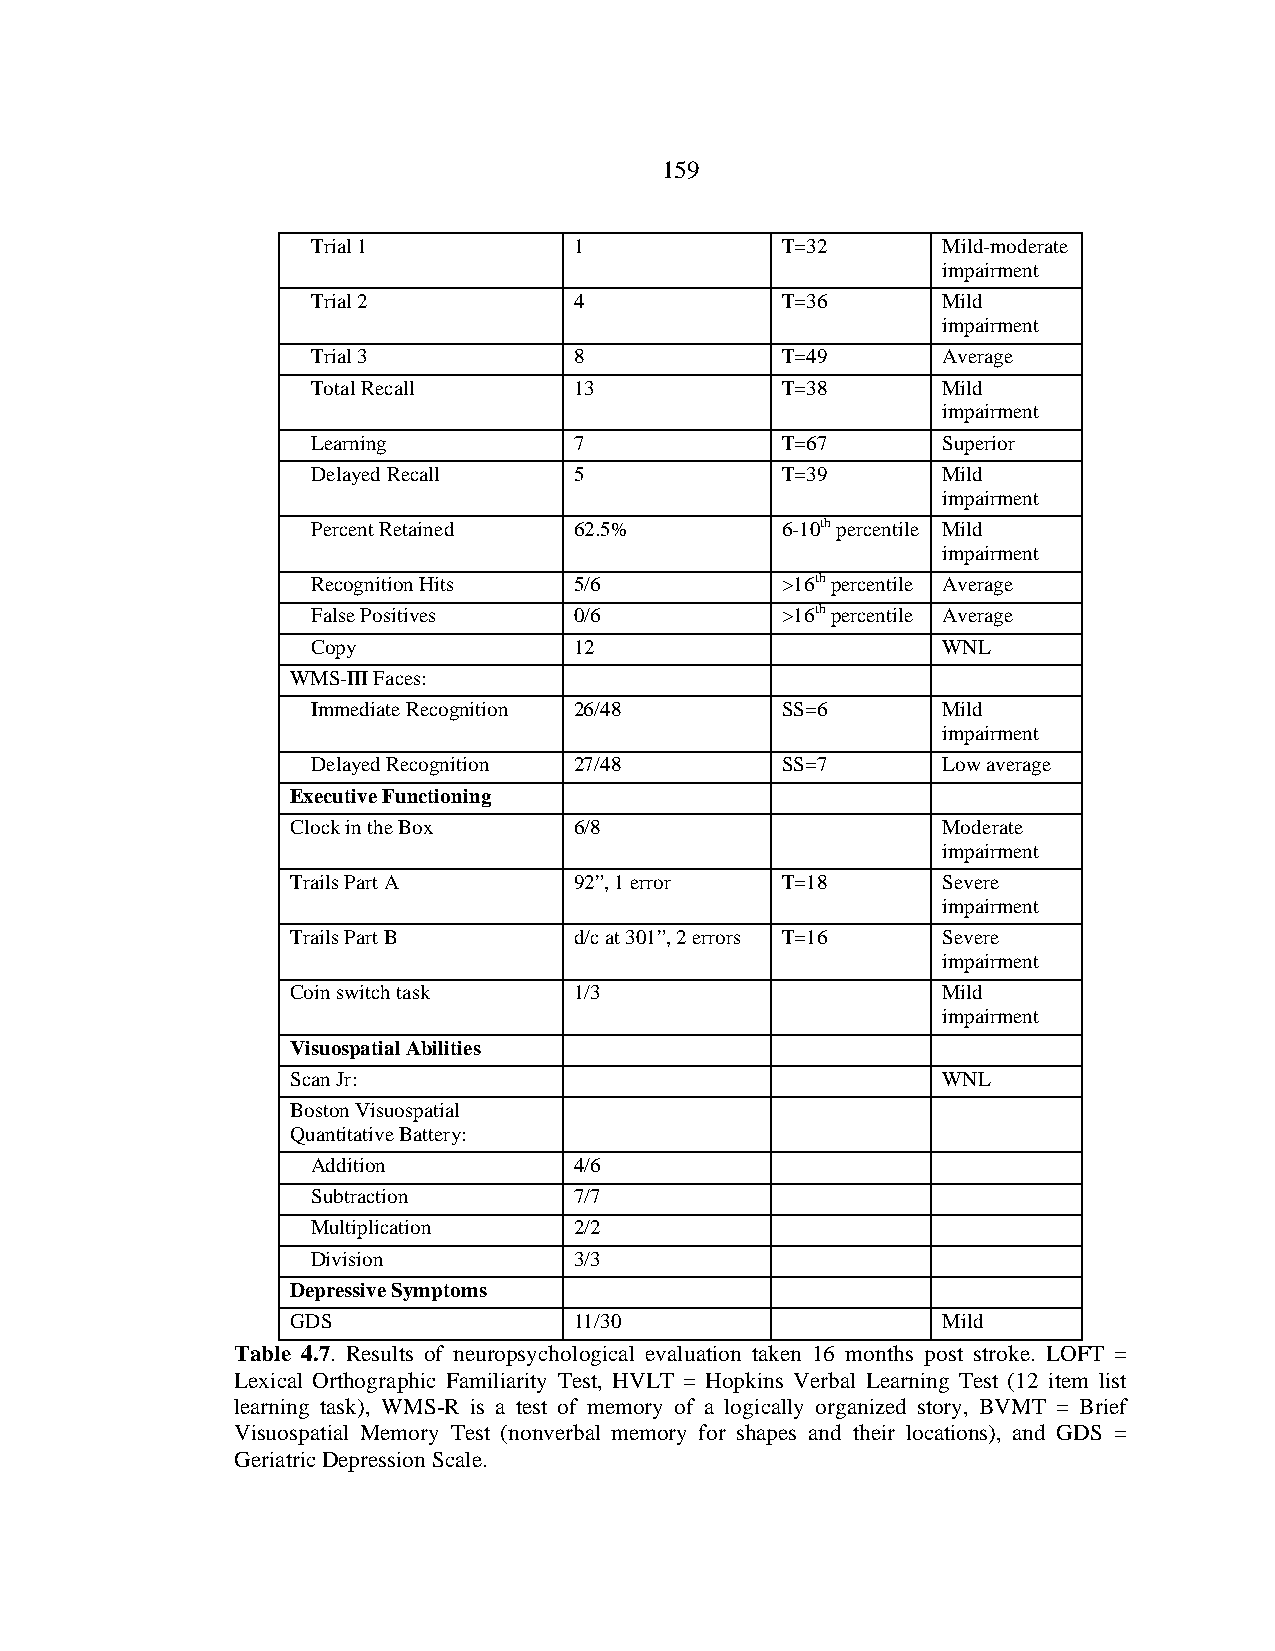
159
 Trial 1          1             T=32      Mild-moderate
 impairment
 Trial 2          4             T=36      Mild
 impairment
 Trial 3          8             T=49      Average
 Total Recall     13            T=38      Mild
 impairment
 Learning         7             T=67      Superior
 Delayed Recall   5             T=39      Mild
 impairment
 Percent Retained 62.5%         6-10th percentile Mild
 impairment
 Recognition Hits 5/6           >16th percentile Average
 False Positives  0/6           >16th percentile Average
 Copy             12                      WNL
 WMS-III Faces:
 Immediate Recognition 26/48    SS=6      Mild
 impairment
 Delayed Recognition 27/48      SS=7      Low average
 Executive Functioning
 Clock in the Box   6/8                     Moderate
 impairment
 Trails Part A      92”, 1 error  T=18      Severe
 impairment
 Trails Part B      d/c at 301”, 2 errors T=16 Severe
 impairment
 Coin switch task   1/3                     Mild
 impairment
 Visuospatial Abilities
 Scan Jr:                                   WNL
 Boston Visuospatial
 Quantitative Battery:
 Addition         4/6
 Subtraction      7/7
 Multiplication   2/2
 Division         3/3
 Depressive Symptoms
 GDS                11/30                   Mild
 Table 4.7. Results of neuropsychological evaluation taken 16 months post stroke. LOFT =
 Lexical Orthographic Familiarity Test, HVLT = Hopkins Verbal Learning Test (12 item list
 learning task), WMS-R is a test of memory of a logically organized story, BVMT = Brief
 Visuospatial Memory Test (nonverbal memory for shapes and their locations), and GDS =
 Geriatric Depression Scale.